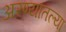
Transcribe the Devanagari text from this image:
अरण्यातल्या